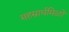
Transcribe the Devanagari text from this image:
सहस्रार्घमिळो